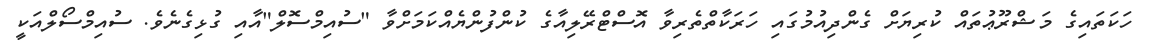
ހަކަތައިގެ މަޝްރޫޢުތައް ކުރިޔަށް ގެންދިއުމުގައި ހަރަކާތްތެރިވާ އޮސްޓްރޭލިއާގެ ކުންފުންޔެއްކަމަށްވާ "ސުއިމްސޮލް"އާއި ގުޅިގެނެވެ. ސުއިމްސޯލްއަކީ